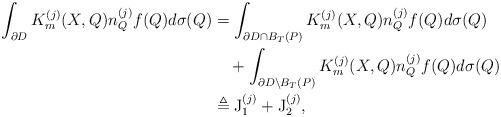
LaTeX: \begin{align*}\int_{\partial D}K_{m}^{(j)}(X,Q)n_{Q}^{(j)}f(Q)d\sigma(Q)&=\int_{\partial D\cap B_{T}(P)}K_{m}^{(j)}(X,Q)n_{Q}^{(j)}f(Q)d\sigma(Q)\\&\,\,\,\,\,\,+\int_{\partial D\setminus B_{T}(P)}K_{m}^{(j)}(X,Q)n_{Q}^{(j)}f(Q)d\sigma(Q)\\&\triangleq\mathrm{J}_{1}^{(j)}+\mathrm{J}_{2}^{(j)},\end{align*}